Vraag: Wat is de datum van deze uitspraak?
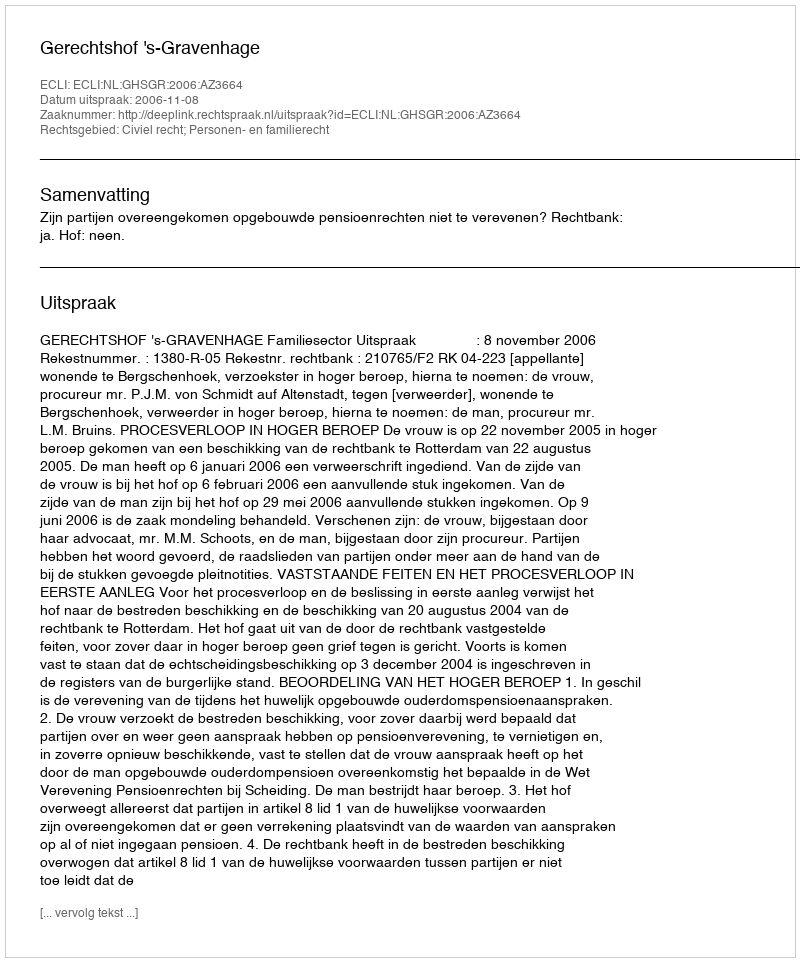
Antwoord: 2006-11-08